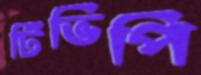
টিভিপি